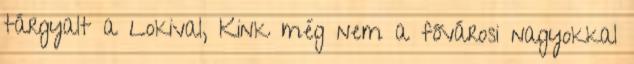
tárgyalt a Lokival, Kink még nem a fővárosi nagyokkal